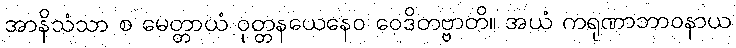
အာနိသံသာ စ မေတ္တာယံ ဝုတ္တနယေနေဝ ဝေဒိတဗ္ဗာတိ။ အယံ ကရုဏာဘာဝနာယ